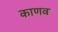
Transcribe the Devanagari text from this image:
काणव